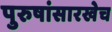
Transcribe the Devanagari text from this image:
पुरुषांसारखेच